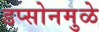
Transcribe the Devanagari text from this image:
डप्सोनमुळे